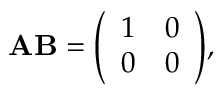
\mathbf { A B } = { \left( \begin{array} { l l } { 1 } & { 0 } \\ { 0 } & { 0 } \end{array} \right) } ,